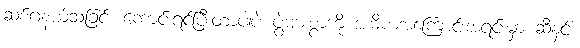
ဆစ်ဂနယ်သခြင်း ကောင်းရင်ပြီးတာပါပဲ ပွဲများစွာကို အဓိကအကြောင်းအရင်းမှာ ဆီနင်